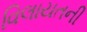
વિલાયતની